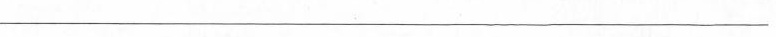
___